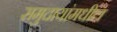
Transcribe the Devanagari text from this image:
समुदायांमधील